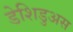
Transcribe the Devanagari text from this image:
डेशिडुअस